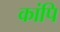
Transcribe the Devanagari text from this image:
कांपि